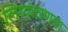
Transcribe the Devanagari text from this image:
लिप्यंतरणता